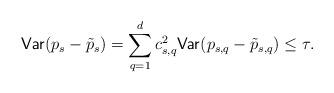
LaTeX: \begin{align*}\mathsf{Var}(p_s - \tilde{p}_s) = \sum_{q=1}^d c_{s,q}^2 \mathsf{Var}(p_{s,q} - \tilde{p}_{s,q}) \le \tau. \end{align*}